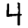
Digit: 4